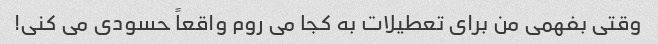
وقتی بفهمی من برای تعطیلات به کجا می روم واقعاً حسودی می کنی!